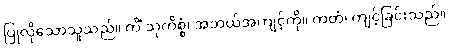
ပြုလိုသောသူသည်။ ကိံ သုကိစ္စံ၊ အဘယ်အကျင့်ကို။ ကတံ၊ ကျင့်ခြင်းသည်။